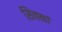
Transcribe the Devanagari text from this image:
सिक्खां